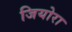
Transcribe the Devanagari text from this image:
जियोरा